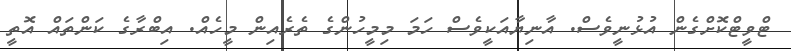
ޓްވީޓްކޮށްގެން އުޅުނީވެސް. އާނިޔާއަކީވެސް ހަމަ މިމީހުންގެ ތެރެއިން މީހެއް. އިބްރާގެ ކަންތައް އޮތީ